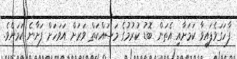
ފާހަގަވެފައިވާ ކަމަށާއި އެތަން ބޮޑު ކުރުމުގެ މަސައްކަތް ވަރަށް އަވަހަށް ފަށާނެ ކަމަށެވެ.